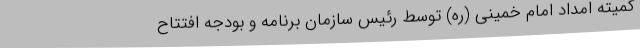
کمیته امداد امام خمینی (ره) توسط رئیس سازمان برنامه و بودجه افتتاح